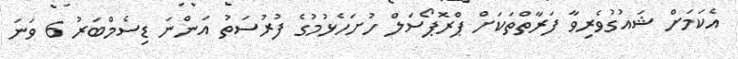
އެކަމަށް ޝައުގުވެރިވާ ފަރާތްތަކަށް ޕްރޮޕޯސަލް ހުށަހެޅުމުގެ ފުރުސަތު އަންނަ ޑިސެމްބަރު 6 ވަނަ